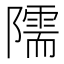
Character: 隭